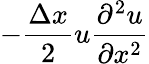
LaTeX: -\frac{\Delta x}{2}u\frac{\partial^{2}u}{\partial x^{2}}